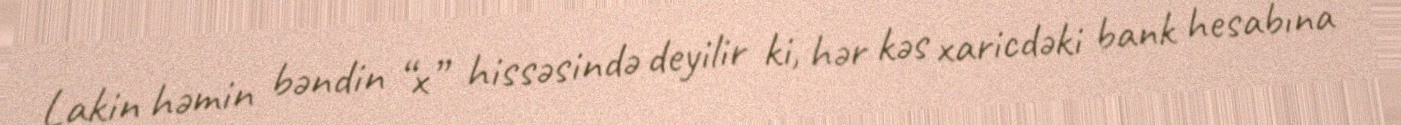
Lakin həmin bəndin “x” hissəsində deyilir ki, hər kəs xaricdəki bank hesabına